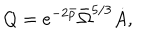
LaTeX: Q = e ^ { - 2 \bar { \rho } } \bar { \Omega } ^ { 5 / 3 } \dot { A } ,